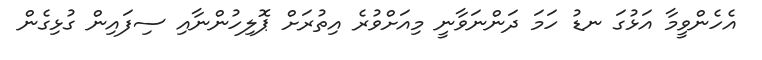
އެހެންވީމާ އަޅުގަ ނޑު ހަމަ ދަންނަވާނީ މިއަށްވުރެ އިތުރަށް ޕޮލިހުންނާއި ސިފައިން ގުޅިގެން